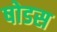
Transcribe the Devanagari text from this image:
षोडस